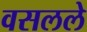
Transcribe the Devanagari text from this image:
वसलले